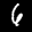
Label: 6